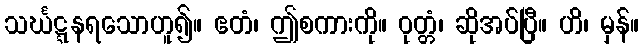
သင်္ဃဋ္ဋနရသောဟူ၍။ ဧတံ၊ ဤစကားကို။ ဝုတ္တံ၊ ဆိုအပ်ပြီ။ ဟိ၊ မှန်။